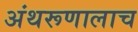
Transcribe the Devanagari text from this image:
अंथरूणालाच